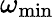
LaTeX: \omega_{\mathrm{min}}